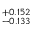
^ { + 0 . 1 5 2 } _ { - 0 . 1 3 3 }